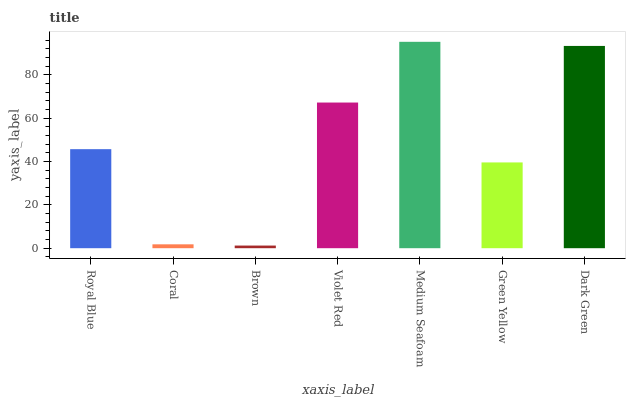
| xaxis_label | bars |
 | --- | --- |
 | Royal Blue | 45.7 |
 | Coral | 1.79 |
 | Brown | 1.22 |
 | Violet Red | 67.2 |
 | Medium Seafoam | 95.2 |
 | Green Yellow | 39.6 |
 | Dark Green | 93.3 |